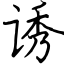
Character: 诱